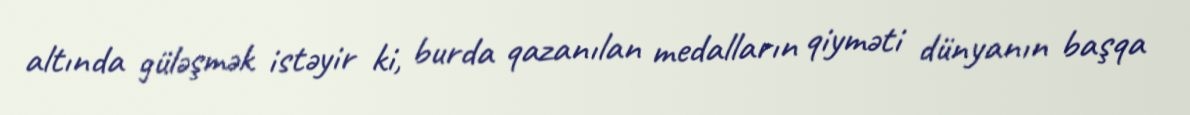
altında güləşmək istəyir ki, burda qazanılan medalların qiyməti dünyanın başqa